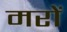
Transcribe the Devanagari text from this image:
मरों